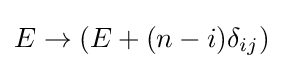
E\rightarrow (E+(n-i)\delta _{ij})